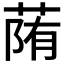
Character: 𦳉